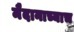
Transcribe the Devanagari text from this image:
मैदानाच्याच